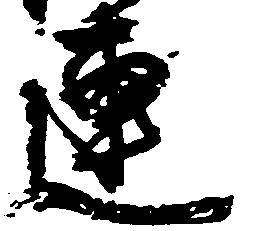
連